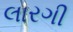
લારગી